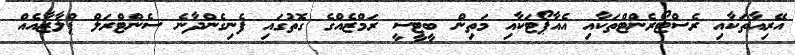
އޭރިއާތަކާއި ރެސްޓޯރެންޓްތަކާއި އެއާޕޯޓަކާއި މަތިން ބީޓީސީ ރަމްޒެއްގެ ގޮތުގައި ފެނިގެންދާނެ ސެންޓްރަލް ޕްލާޒާއެއް